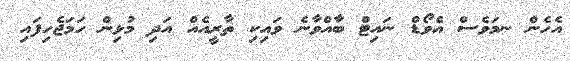
އެހެން ނމަވެސް އެވޯޑް ނައިޓް ބާއްވާނެ ވައިކި ތާރީއެއް އަދި މުޅިން ހަމަޖެހިފައި